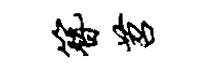
簪苕